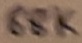
Text: 88K